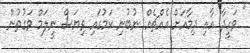
" ވަހީދާ އާއި ދިމާއަށް އެއްޗެއް ނުބުނި ކަމުގައި ވިޔަސް ނީލަމް ވަގުތުން